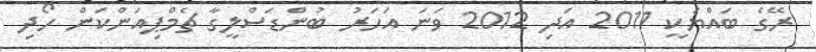
ރޭގެ ބައްޔަކީ 2011 އަދި 2012 ވަނަ އަހަރު ބުންޑަސްލީގާ ޗެމްޕިއަންކަން ހޯދި